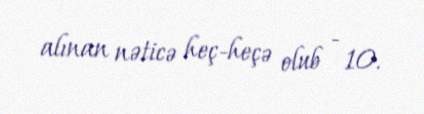
alınan nəticə heç-heçə olub - 10.